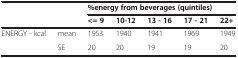
<table><thead><tr><td><b> </b></td><td><b> </b></td><td colspan="5"><b>%energy from beverages (quintiles)</b></td></tr></thead><tbody><tr><td> </td><td> </td><td><b>&lt;= 9</b></td><td><b>10-12</b></td><td><b>13 - 16</b></td><td><b>17 - 21</b></td><td><b>22+</b></td></tr><tr><td>ENERGY - kcal</td><td>mean</td><td>1953</td><td>1940</td><td>1941</td><td>1969</td><td>1949</td></tr><tr><td> </td><td>SE</td><td>20</td><td>20</td><td>19</td><td>19</td><td>20</td></tr></tbody></table>